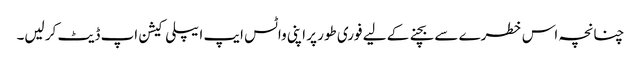
چنانچہ اس خطرے سے بچنے کے لیے فوری طور پر اپنی واٹس ایپ ایپلی کیشن اپ ڈیٹ کر لیں۔